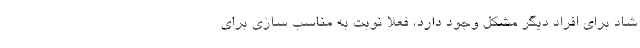
شاد برای افراد دیگر مشکل وجود دارد، فعلا نوبت به مناسب سازی برای